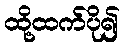
ထို့ထက်ပို၍